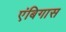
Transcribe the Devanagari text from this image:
एंबिगास